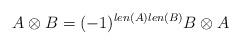
LaTeX: \begin{align*}A \otimes B = (-1)^{len(A)len(B)} B \otimes A\end{align*}